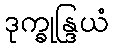
ဒုက္ခုန္ဒြယံ